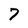
Character: 7